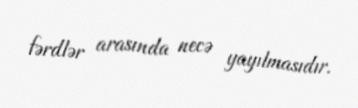
fərdlər arasında necə yayılmasıdır.